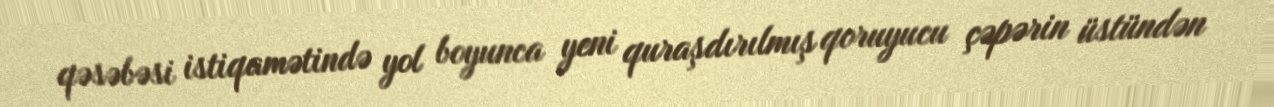
qəsəbəsi istiqamətində yol boyunca yeni quraşdırılmış qoruyucu çəpərin üstündən